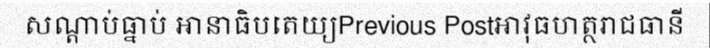
សណ្តាប់ធ្នាប់ អានាធិបតេយ្យPrevious Postអាវុធហត្ថរាជធានី